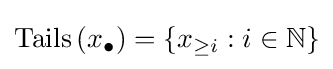
\operatorname {Tails} \left(x_{\bullet }\right)=\left\{x_{\geq i}:i\in \mathbb {N} \right\}